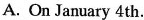
A. On January 4th.